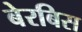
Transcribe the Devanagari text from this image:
बेरबिस